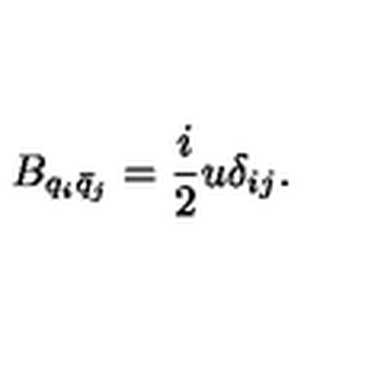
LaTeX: B _ { q _ { i } \bar { q } _ { j } } = \frac { i } { 2 } u \delta _ { i j } .